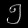
Digit: ၅